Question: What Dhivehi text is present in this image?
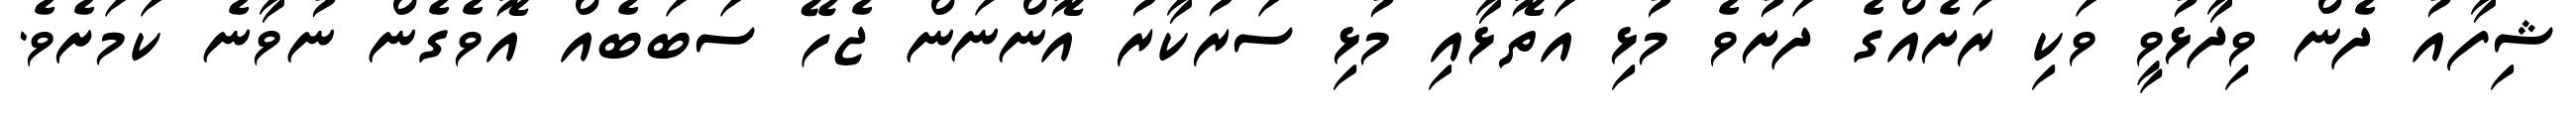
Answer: ޝިފާއު ދެން ވިދާޅުވީ ވަކި ރަށެއްގެ ދަށުވެ މުޅި އަތޮޅާއި މުޅި ސަރުކާރު އޮންނަން ޖެހޭ ސަބަބެއް އޮވެގެން ނުވާނެ ކަމަށެވެ.